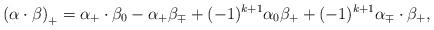
LaTeX: \begin{align*}\left(\alpha \cdot \beta \right)_+ = \alpha_+ \cdot \beta_0 - \alpha_+ \beta_{\mp} +(-1)^{k+1} \alpha_0 \beta_+ + (-1)^{k+1} \alpha_{\mp} \cdot \beta_+, \end{align*}